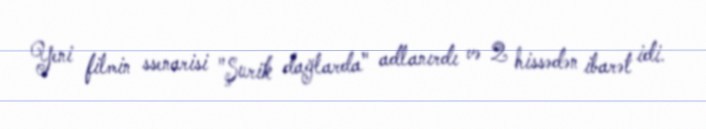
Yeni filmin ssenarisi "Şurik dağlarda" adlanırdı və 2 hissədən ibarət idi.